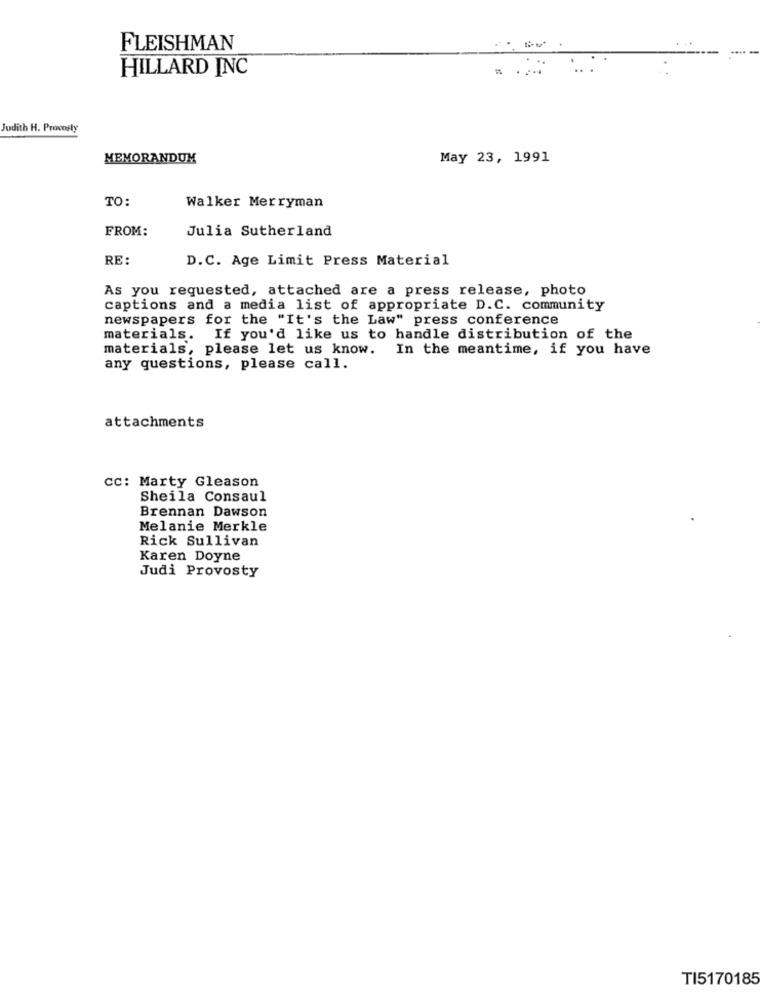
FLEISHMAN
HILLARD INC
Judith H. Provosty
MEMORANDUM
May 23, 1991
TO:
Walker Merryman
FROM:
Julia Sutherland
RE:
D.C. Age Limit Press Material
As you requested, attached are a press release, photo
captions and a media list of appropriate D.C. community
newspapers for the "It's the Law" press conference
materials. If you'd like us to handle distribution of the
materials, please let us know.
In the meantime, if you have
any questions, please call.
attachments
cc: Marty Gleason
Sheila Consaul
Brennan Dawson
Melanie Merkle
Rick Sullivan
Karen Doyne
Judi Provosty
TI5170185